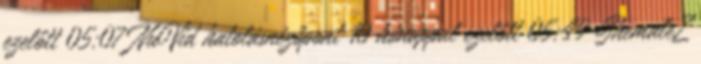
ezelőtt 05:07 NuVid hatolásnézőpont 10 hónappal ezelőtt 05:49 ShemaleZ